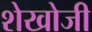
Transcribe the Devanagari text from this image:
शेखोजी